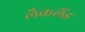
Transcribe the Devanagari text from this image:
लैकलैंड